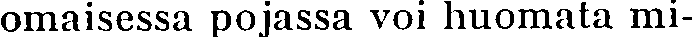
omaisessa pojassa voi huomata mi-